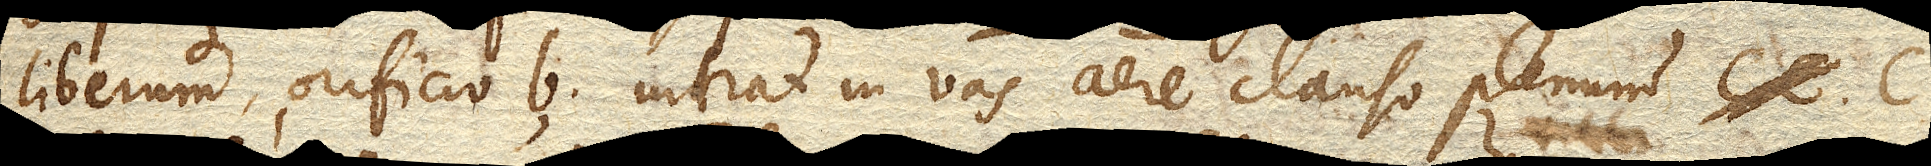
liberum, orificio b. intrat in vas aere clauso plenum c.